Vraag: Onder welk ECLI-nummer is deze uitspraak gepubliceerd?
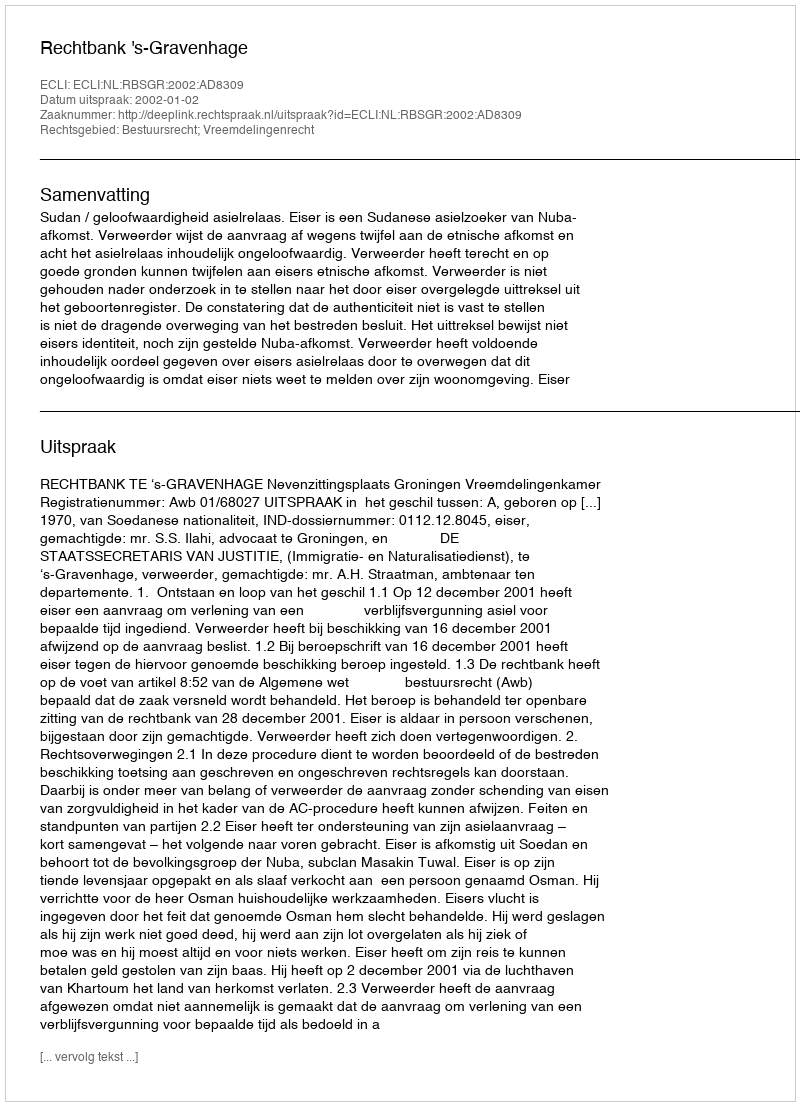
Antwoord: ECLI:NL:RBSGR:2002:AD8309